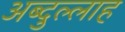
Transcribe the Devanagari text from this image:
अब्‍दुल्‍लाह